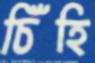
চিঁঁহি